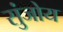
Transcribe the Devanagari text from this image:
सुंजोय